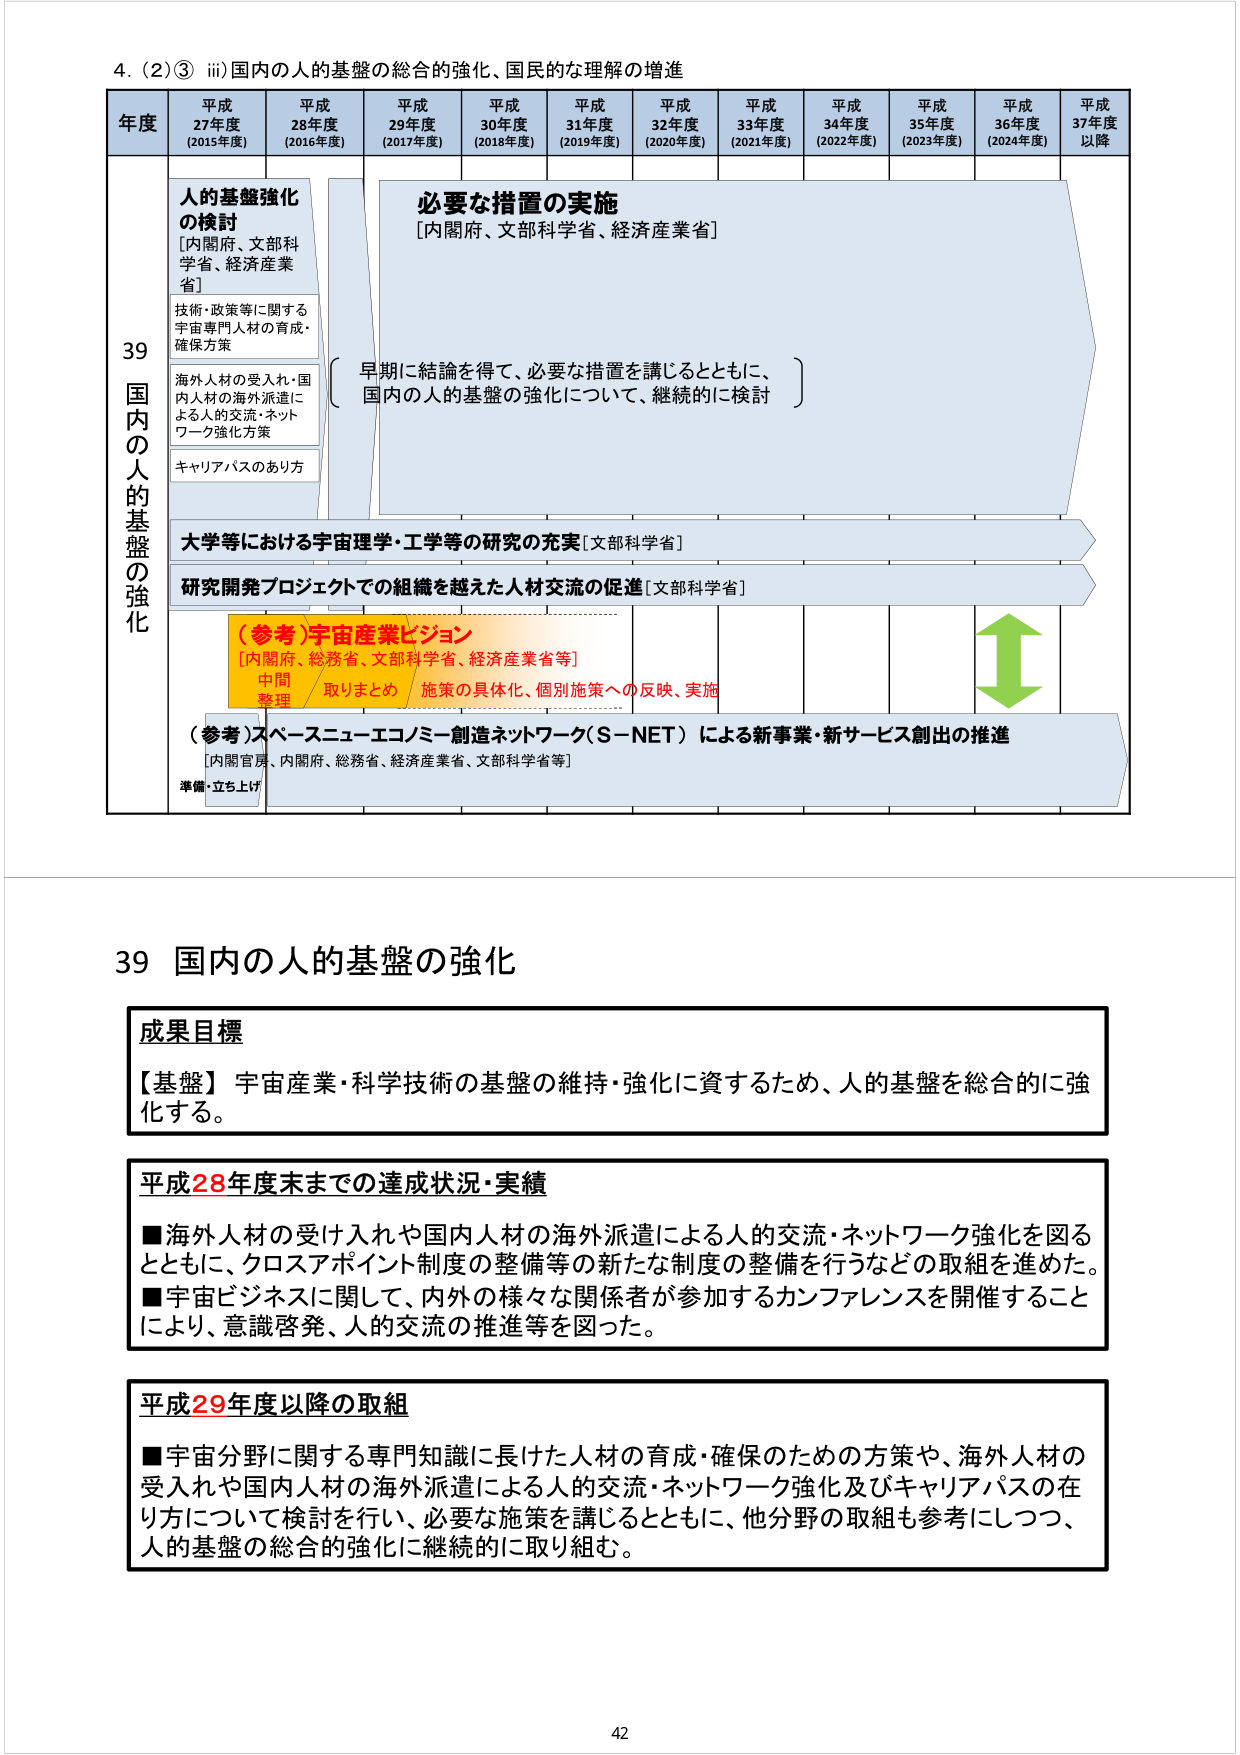
4. (2)③ iii) 国内の人的基盤の総合的強化、国民的な理解の増進

年度 平成27年度 (2015年度) 平成28年度 (2016年度) 平成29年度 (2017年度) 平成30年度 (2018年度) 平成31年度 (2019年度) 平成32年度 (2020年度) 平成33年度 (2021年度) 平成34年度 (2022年度) 平成35年度 (2023年度) 平成36年度 (2024年度) 平成37年度以降

39 国内的人的基盤の強化

人的基盤強化の検討 [内閣府、文部科学省、経済産業省]

技術・政策等に関する宇宙専門人材の育成・確保方策

海外人材の受入れ・国内人材の海外派遣による人的交流・ネットワーク強化方策

キャリアパスのあり方

必要な措置の実施 [内閣府、文部科学省、経済産業省]

早期に結論を得て、必要な措置を講じるとともに、国内の人的基盤の強化について、継続的に検討

大学等における宇宙理学・工学等の研究の充実 [文部科学省]

研究開発プロジェクトでの組織を越えた人材交流の促進 [文部科学省]

（参考）宇宙産業ビジョン [内閣府、総務省、文部科学省、経済産業省等] 中間整理 取りまとめ 施策の具体化、個別施策への反映、実施

（参考）スペースニューエコノミー創造ネットワーク（S-NET）による新事業・新サービス創出の推進 [内閣官房、内閣府、総務省、経済産業省、文部科学省等] 準備・立ち上げ

39 国内の人的基盤の強化

成果目標

【基盤】宇宙産業・科学技術の基盤の維持・強化に資するため、人的基盤を総合的に強化する。

平成28年度末までの達成状況・実績

■ 海外人材の受け入れや国内人材の海外派遣による人的交流・ネットワーク強化を図るとともに、クロスアポイント制度の整備等の新たな制度の整備を行うなどの取組を進めた。

■ 宇宙ビジネスに関して、内外の様々な関係者が参加するカンファレンスを開催することにより、意識啓発、人的交流の推進等を図った。

平成29年度以降の取組

■ 宇宙分野に関する専門知識に長けた人材の育成・確保のための方策や、海外人材の受入れや国内人材の海外派遣による人的交流・ネットワーク強化及びキャリアパスの在り方について検討を行い、必要な施策を講じるとともに、他分野の取組も参考にしつつ、人的基盤の総合的強化に継続的に取り組む。

42